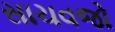
સાચવજો